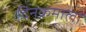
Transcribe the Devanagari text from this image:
दिनक्रमाला